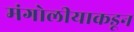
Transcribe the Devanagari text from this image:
मंगोलीयाकडून